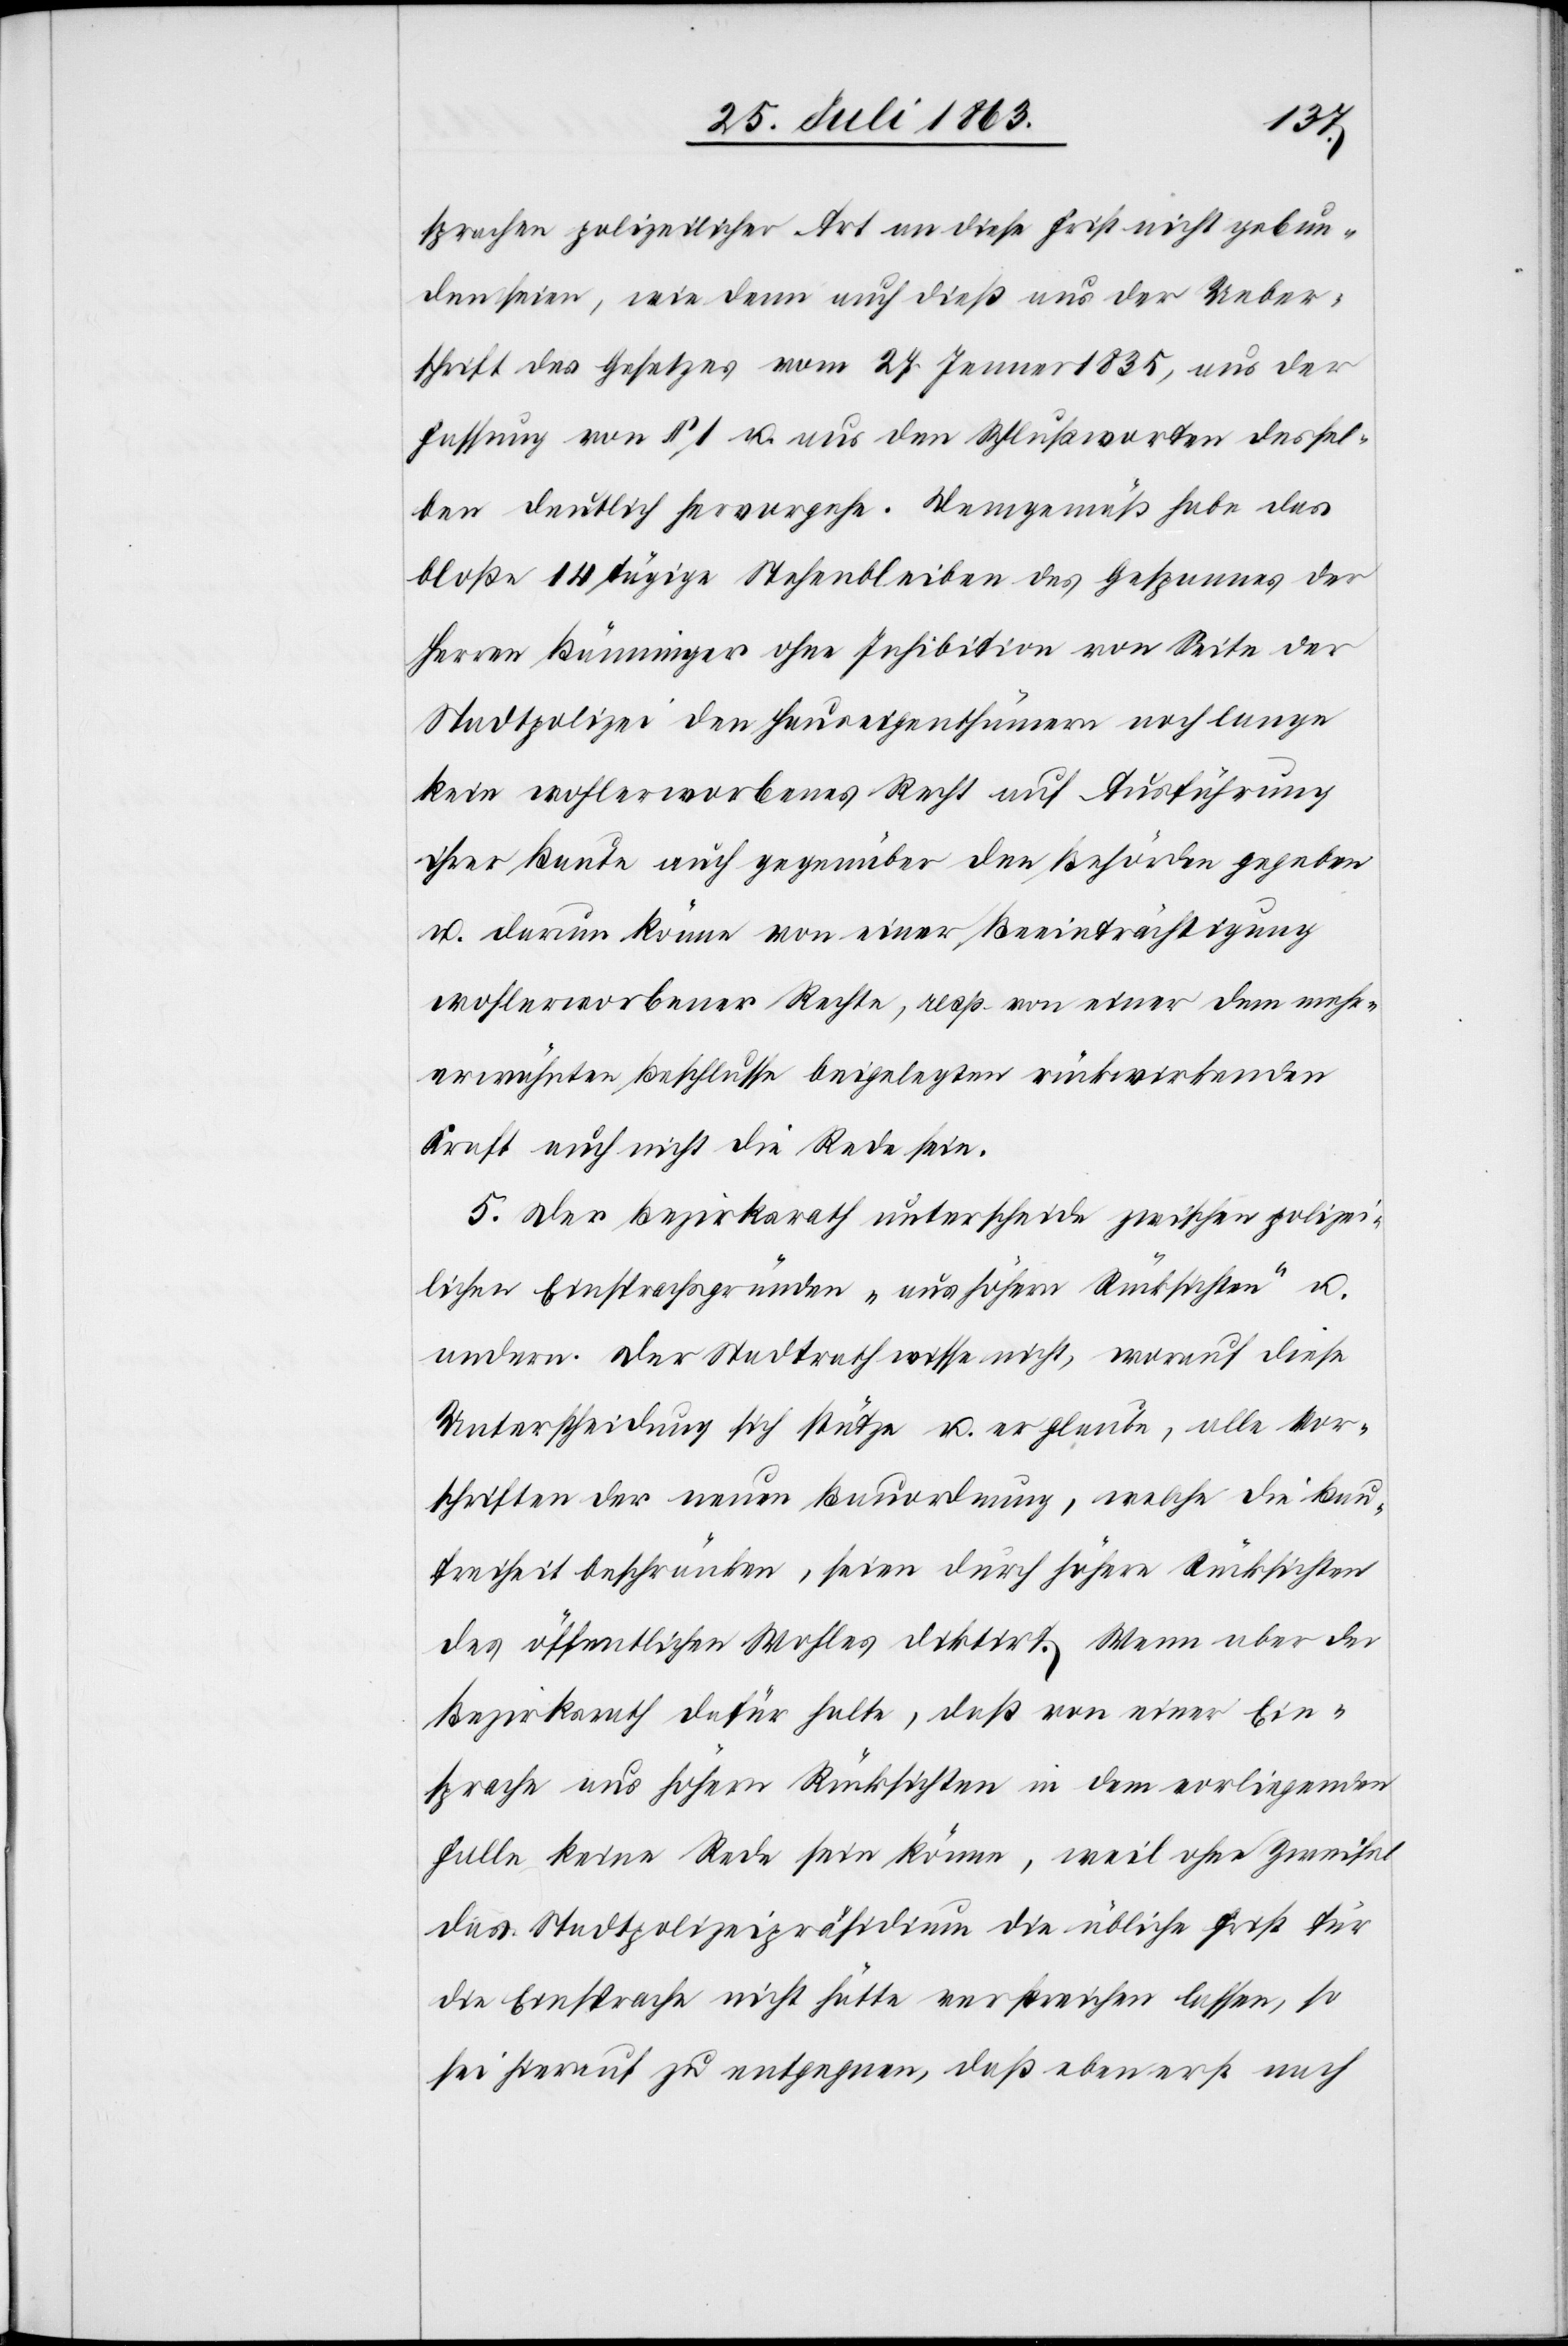
sprachen polizeilicher Art an diese Frist nicht gebun¬
den seien, wie denn auch dieß aus der Ueber¬
schrift des Gesetzes vom 27. Jenner 1835, aus der
Fassung von § 1 u. aus den Schlußworten dessel¬
ben deutlich hervorgehe. Demgemäß habe das
bloße 14 tägige Stehenbleiben des Gespannes der
Herren Bänninger ohne Inhibition von Seite der
Stadtpolizei den Hauseigenthümern noch lange
kein wohlerworbenes Recht auf Ausführung
ihrer Baute auch gegenüber den Behörden gegeben
u. darum könne von einer Beeinträchtigung
wohlerworbener Rechte, resp. von einer dem mehr¬
erwähnten Beschlusse beigelegten rückwirkenden
Kraft auch nicht die Rede sein.
5. Der Bezirksrath unterscheide zwischen polizei¬
lichen Einsprachsgründen „aus höhern Rücksichten“ u.
andern. Der Stadtrath wisse nicht, worauf diese
Unterscheidung sich stütze u. er glaube, alle Vor¬
schriften der neuen Bauordnung, welche die Bau¬
freiheit beschränken, seien durch höhere Rücksichten
des öffentlichen Wohles diktirt. Wenn aber der
Bezirksrath dafür halte, daß von einer Eins¬
prache aus höhern Rücksichten in dem vorliegenden
Falle keine Rede sein könne, weil ohne Zweifel
das Stadtpolizeipräsidium die übliche Frist für
die Einsprache nicht hätte verstreichen lassen, so
sei hierauf zu entgegnen, daß eben erst nach